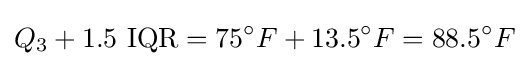
Q_{3}+1.5{\text{ IQR}}=75^{\circ }F+13.5^{\circ }F=88.5^{\circ }F